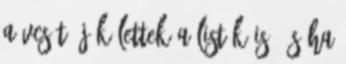
a vcs-t, jók lettek a listák is, és ha